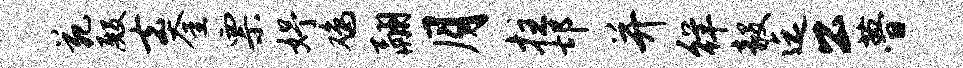
苑殿去奎票妤鸡翮月拄邙并徉毅迄公瞢